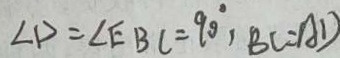
\angle D = \angle E B C = 9 0 ^ { \circ } , B C = A D